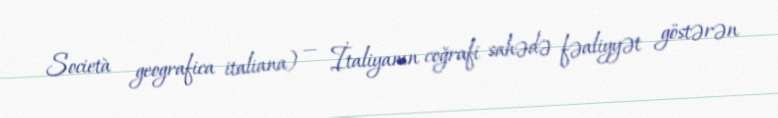
Società geografica italiana) — İtaliyanın coğrafi sahədə fəaliyyət göstərən